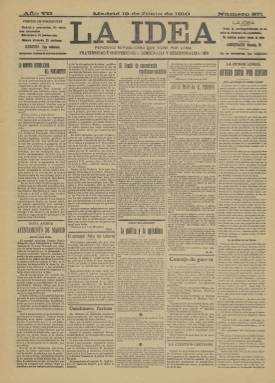
Título: La Idea (Madrid. 1905)
Colección: Periódicos
Ámbito geográfico: Madrid
Lugar de publicación: Madrid
Fechas: 19/06/1910-16/12/1912

Semanario republicano en el que primaba lo doctrinario sobre lo informativo, llevaba como lema en el subtítulo: Fraternidad e independencia, democracia y descentralización, para diferenciarse de otros periódicos republicanos con diferente sensibilidad o seguidores de otros líderes. Más adelante incorporó al subtítulo el adjetivo reformista.

     La Idea fue partidario de la Unión Republicana, formación política fundada en 1903 que gozó de gran éxito durante los primeros años hasta que se acabó disolviendo a causa de las diferencias políticas de sus principales dirigentes, Nicolás Salmerón y Alejandro Lerroux . El semanario apoyará al que fue su mentor, Melquiades Álvarez, político de prestigio situado a la derecha dentro de la citada Unión Republicana.

    En el número  correspondiente al 1 de abril de 1911, la portada del periódico se abre con una fotografía de Melquiades Álvarez  y se da cuenta de la acusación que éste formula en el Congreso calificando de injusta la sentencia que condenó a muerte a Ferrer Guardia, el creador de la Escuela Moderna que fue fusilado en Barcelona tras los sucesos de la llamada Semana Trágica de 1909.

   Se trataba de un periódico de sólo cuatro páginas, la última dedicada a anuncios publicitarios, y sin apenas información gráfica, por lo que la inserción de la fotografía en la portada de Melquiades Álvarez era excepcional y toda una declaración sobre  quién era el político y las ideas que el periódico defendía. Además, no era ésta la única imagen. En la misma portada figuraba otra de Rodrigo Soriano, fundador del también periódico republicano España Nueva

   Álvarez, apodado “Pico de oro” por su excelente oratoria, terminó fundando en 1912 el Partido Reformista, de inspiración republicana pero dispuesto a aceptar una monarquía democrática al considerar accidental la forma de Estado.

   Quizá fue este cambio de opinión lo que explique la desaparición de La idea (la colección de la BNE concluye en 1912 y no parece que el semanario fuera más allá), aunque pudiera ser que fueran los problemas económicos los que finalmente provocaran su cierre, unido a que el mercado de la prensa republicana estaba bien surtido. En el número de 16 de diciembre de 1912, último que posee la Biblioteca Nacional, figura un suelto dirigido al director de Correos y Telégrafos informando que los paquetes del semanario no llegan a su destino en provincias. “Si es que alguien está interesado en que nuestro periódico desaparezca, que nos lo diga con claridad…”, señala abiertamente el administrador del semanario.

[Descripción publicada el 31/10/2019]